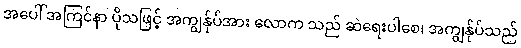
အပေါ် အကြင်နာ ပိုသဖြင့် အကျွန်ုပ်အား လောက သည် ဆဲရေးပါစေ၊ အကျွန်ုပ်သည်